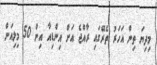
މިދިޔަ ތިން އަހަރު ތެރޭގައި ރާއްޖެ އަށް އިންޑިއާ އިން 50 މިލިއަން